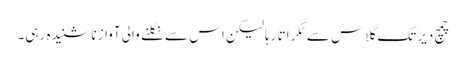
چمچ دیر تک گلاس سے ٹکراتا رہا لیکن اس سے نکلنے والی آواز نا شنیدہ رہی۔